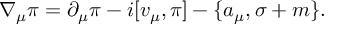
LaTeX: \nabla _ { \mu } \pi = \partial _ { \mu } \pi - i [ v _ { \mu } , \pi ] - \{ a _ { \mu } , \sigma + m \} .